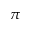
\pi